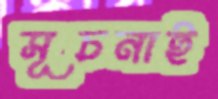
সূচনাই